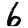
Digit: 6